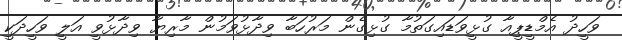
ވަހީދު އެމްޑީޕީއާ ގުޅީވަޑައިގަތުމާ ގުޅިގެން މަރުހަބާ ވިދާޅުވަމުން މާރިޔާ ވިދާޅުވީ އަލީ ވަހީދަކީ